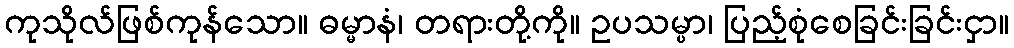
ကုသိုလ်ဖြစ်ကုန်သော။ ဓမ္မာနံ၊ တရားတို့ကို။ ဥပသမ္ပာ၊ ပြည့်စုံစေခြင်းခြင်းငှာ။